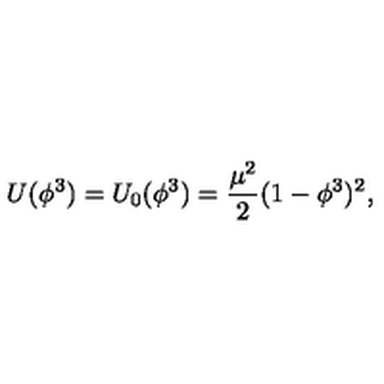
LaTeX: U ( \phi ^ { 3 } ) = U _ { 0 } ( \phi ^ { 3 } ) = \frac { \mu ^ { 2 } } { 2 } ( 1 - \phi ^ { 3 } ) ^ { 2 } ,